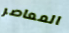
المعاصر